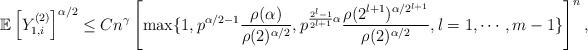
LaTeX: \begin{align*}\mathbb E\left[Y_{1,i}^{(2)}\right]^{\alpha/2}\leq Cn^\gamma\left[\max\{1,p^{\alpha/2-1}\frac{\rho(\alpha)}{\rho(2)^{\alpha/2}},p^{\frac{2^l-1}{2^{l+1}}\alpha}\frac{\rho(2^{l+1})^{\alpha/2^{l+1}}}{\rho(2)^{\alpha/2}},l=1,\cdots,m-1\}\right]^n,\end{align*}